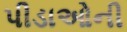
પીડાઓની